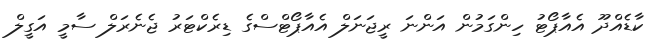
ކާޑެއްދޫ އެއާޕޯޓު ހިންގަމުން އަންނަ ރީޖަނަލް އެއާޕޯޓްސްގެ ޑިރެކްޓަރު ޖެނެރަލް ސާމީ އަގީލް